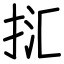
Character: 㧟